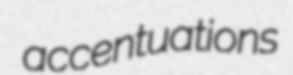
accentuations